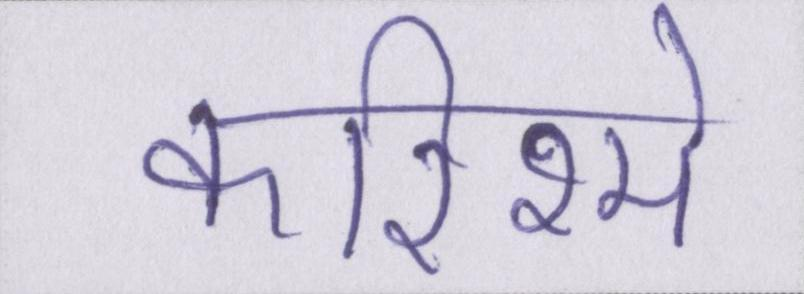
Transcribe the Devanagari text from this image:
करिश्मे